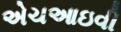
એચઆઇવી